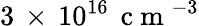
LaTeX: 3\, \times\, 10^{16}\, \mathrm{~c~m~}^{-3}